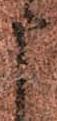
申